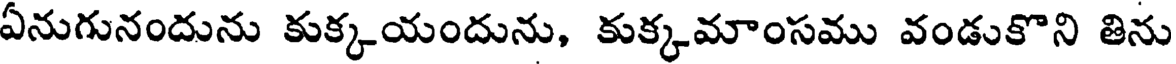
ఏనుగునందును కుక్కయందును, కుక్కమాంసము వండుకొని తిను